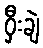
ဝှီးချဲ